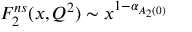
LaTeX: F _ { 2 } ^ { n s } ( x , Q ^ { 2 } ) \sim x ^ { 1 - \alpha _ { A _ { 2 } ( 0 ) } }